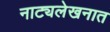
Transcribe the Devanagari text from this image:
नाट्यलेखनात